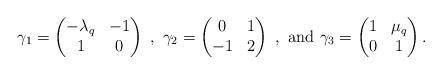
LaTeX: \begin{align*}\gamma_1 = \begin{pmatrix} - \lambda_q & -1 \\ 1 & 0 \end{pmatrix} \ , \ \gamma_2 = \begin{pmatrix} 0 & 1 \\ -1 & 2 \end{pmatrix} \ , \textrm{ and } \gamma_3 = \begin{pmatrix} 1 & \mu_q \\ 0 & 1 \end{pmatrix}.\end{align*}